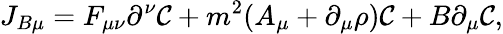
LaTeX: J_{B\mu}=F_{\mu\nu}\partial^{\nu}{\cal C}+m^{2}(A_{\mu}+\partial_{\mu}\rho){\cal C}+B\partial_{\mu}{\cal C},